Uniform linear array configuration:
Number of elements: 64
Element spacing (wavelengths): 0.5
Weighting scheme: binomial
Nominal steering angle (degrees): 0
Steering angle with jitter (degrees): -0.824
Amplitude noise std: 0.05
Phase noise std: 0.05

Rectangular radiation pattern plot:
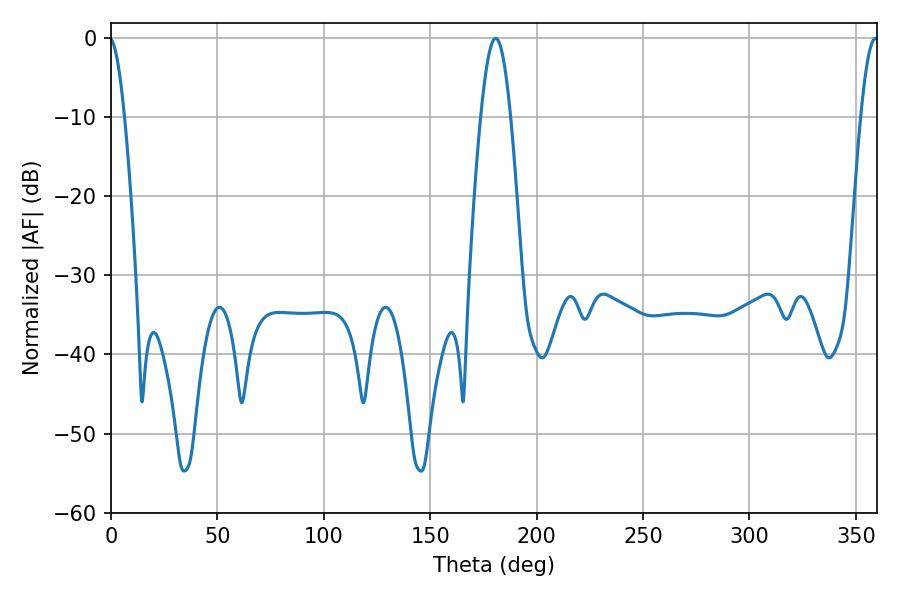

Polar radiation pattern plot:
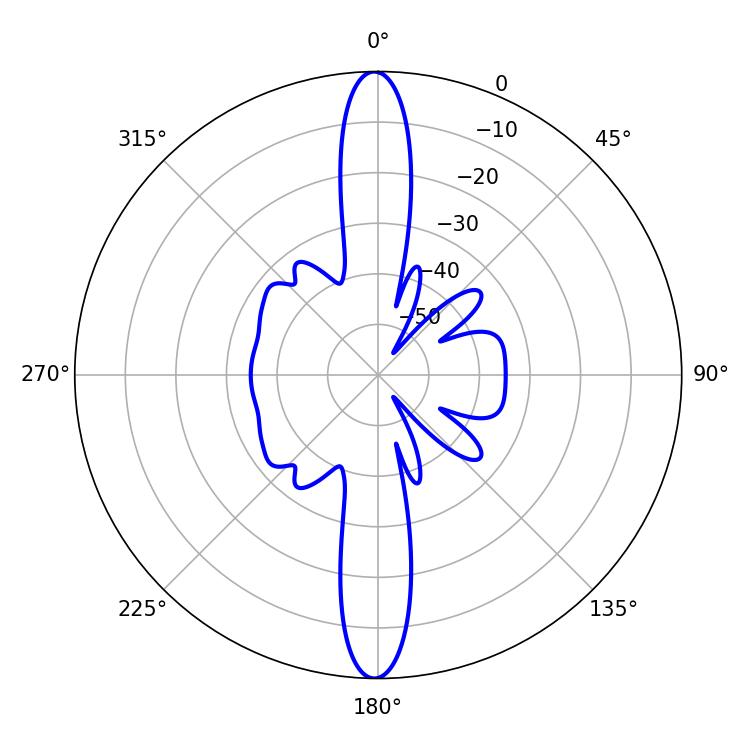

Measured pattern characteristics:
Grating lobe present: FALSE
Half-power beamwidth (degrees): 7.56
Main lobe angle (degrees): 180.72